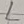
Text: L